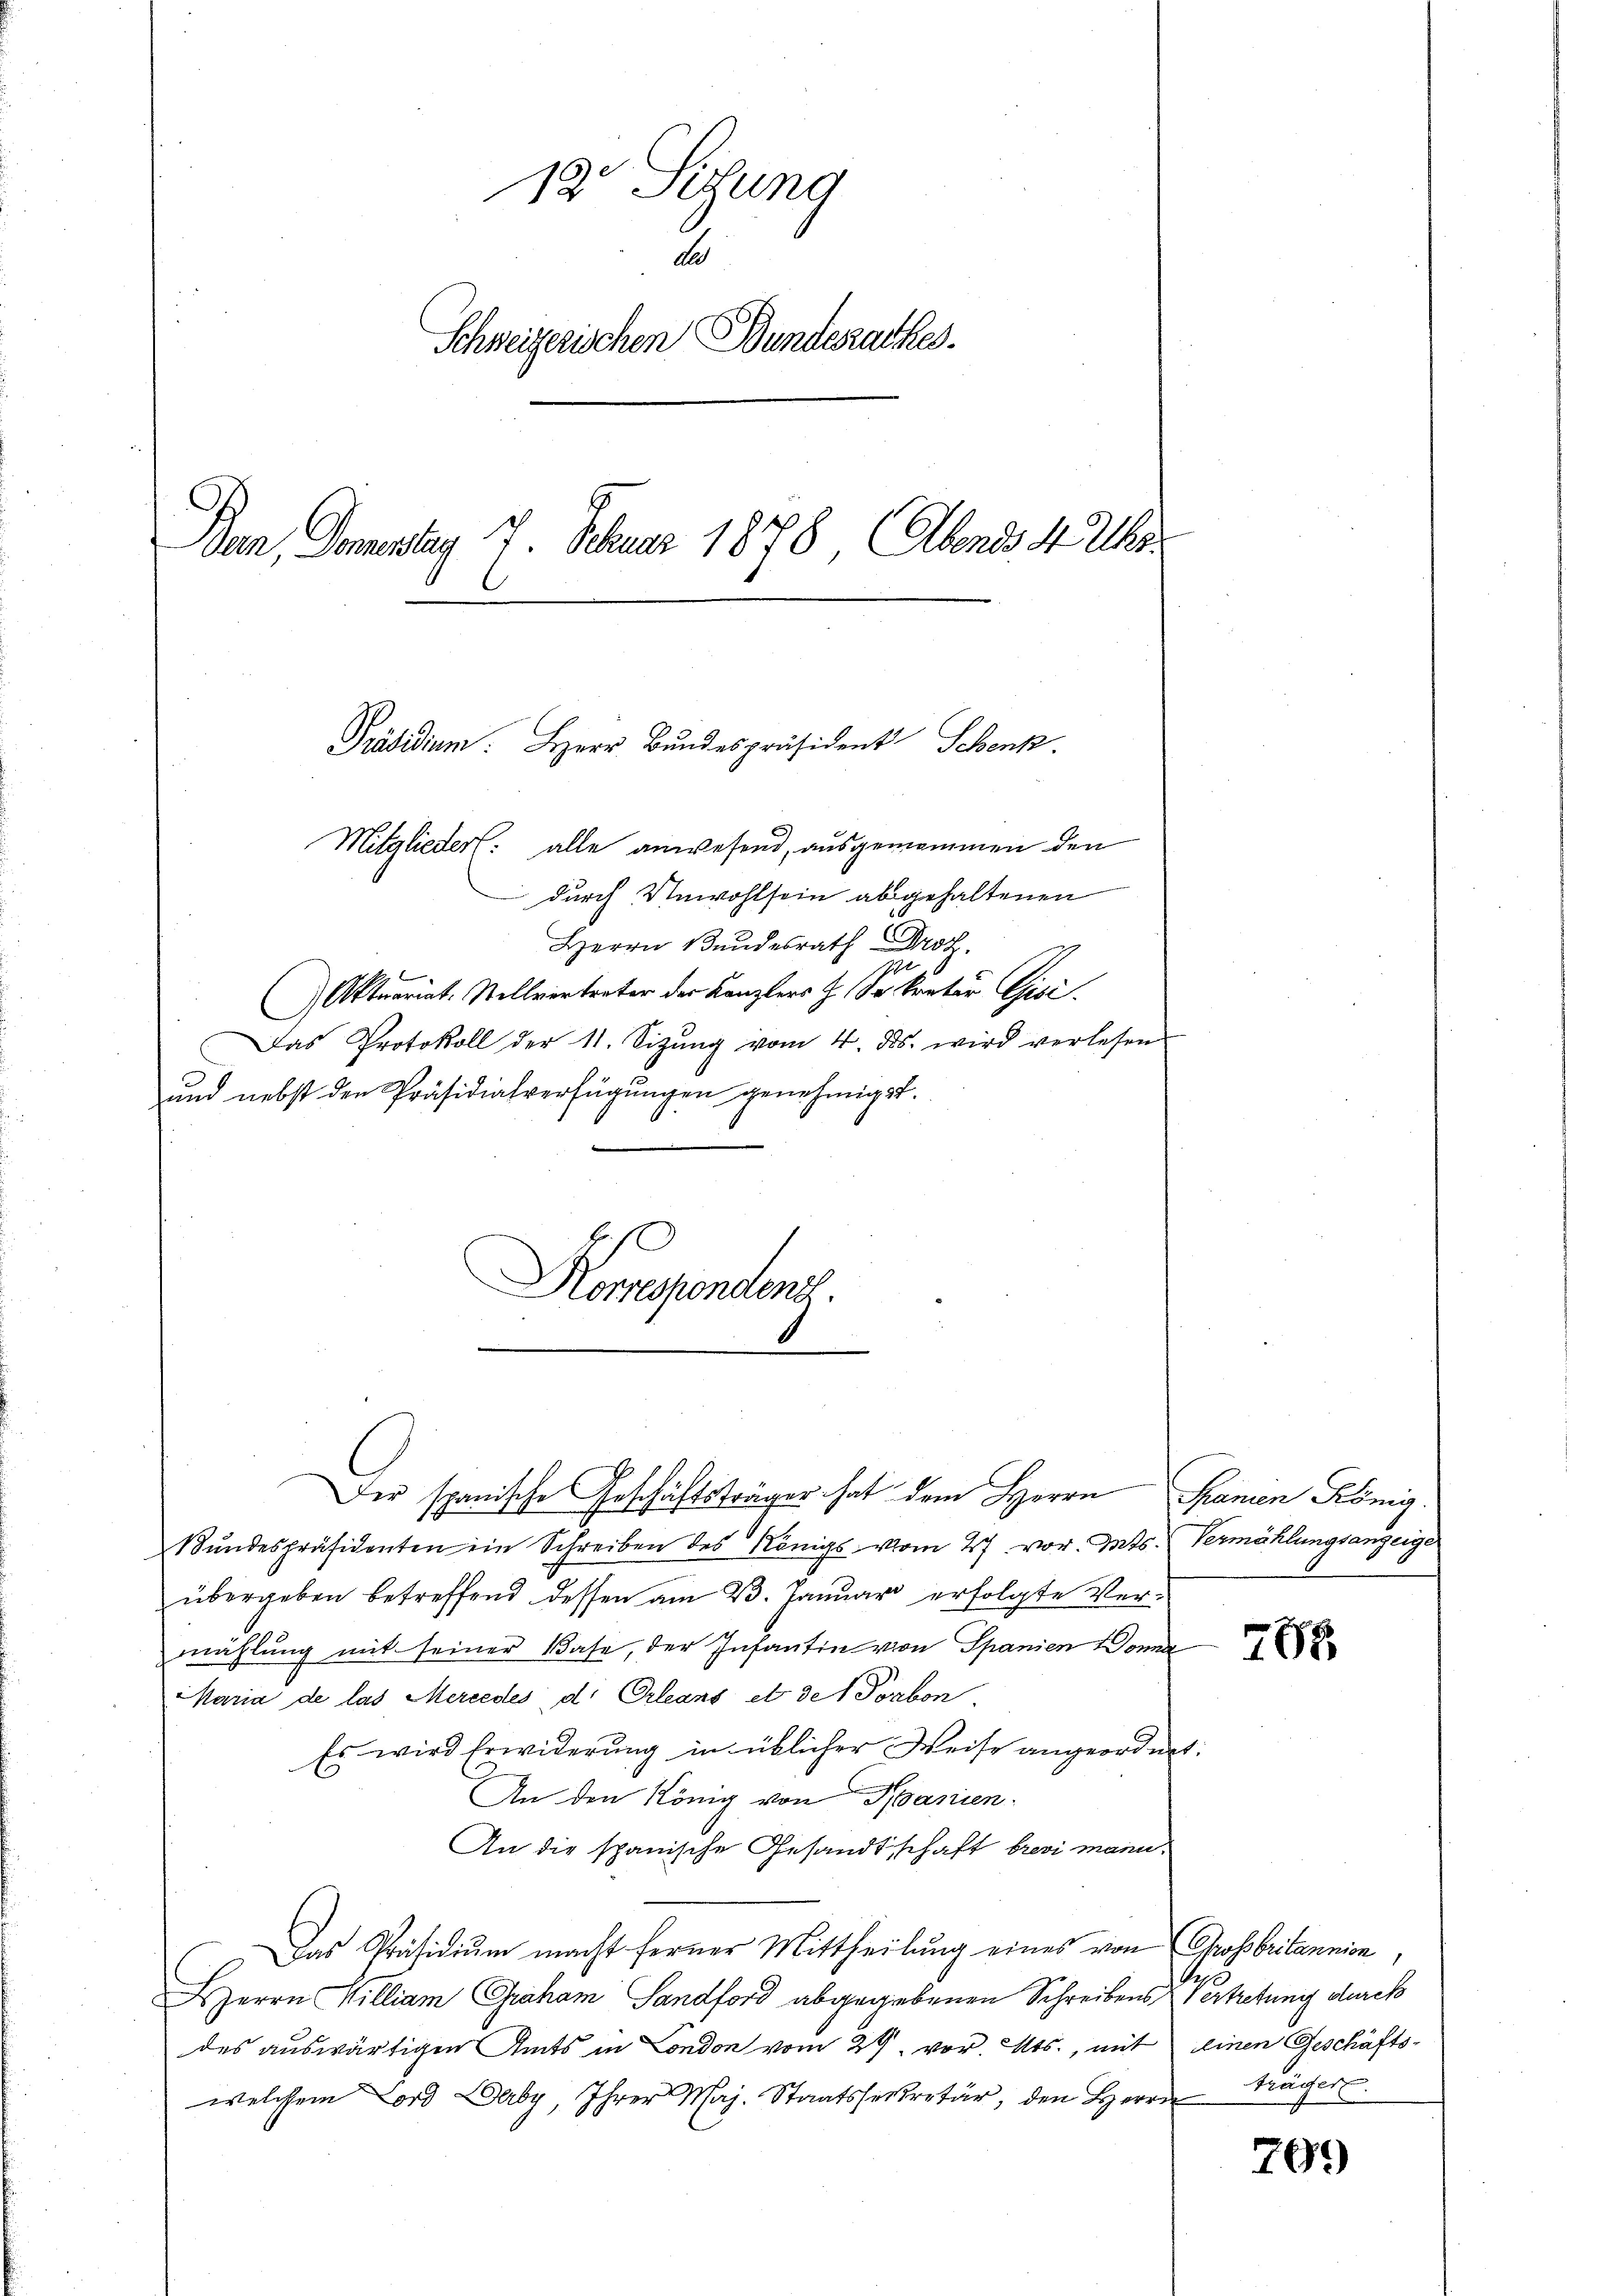
12 Setzung
Aus
Schweizerischen Bundesrathes.
Ban, Domentag 7. Febuar 1878 Abends 4 Uhr.

Mitglieder: alle anwesend, ausgenommen den
durch Unwohlsein abgehaltenen
Herrn Bundesrath Droz.
i
Aktuariat. Stellvertreter der Kanzlers J. (Sekretär Gisi
Das Protokoll der 11. Sitzŭng vom 4. ds. wird verlesen
zund nebst den Präsidialverfügungen genehmiget.

Präsidium. Herr Bundespräsident Schenk.

Korrespondent

Der spanische Geschäftsträger hat dem Herrn Spanien König.
Stŭndespräsidenten ein Schreiben des Königs vom 27. vor. Mts. Vermählungsanzeige
übergeben betreffend dessen am 23. Januar erfolgte Vermählung mit seiner Base, der Infantin von Spanien Donna
Maria de las Mercedes d. Orleans et des Vorben
Es wird Erwiderung in üblicher Weise angeordnet
An den König von Manien.
An die spanische Gesandtschaft brevi mann.
Das Präsidium macht ferner Mittheilung eines von Grossbritannien,
Herrn Killiam Graham Sandford abgegebenen Schreibens Vertretung durch
des auswärtigen Amts in London vom 29. vor. Mts., mit einen Geschäftswelchem ord erby, Ihrer Maj. Staatssekretär, den Herrn Prächer

788

709